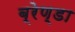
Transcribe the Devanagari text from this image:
ब्रेण्डा